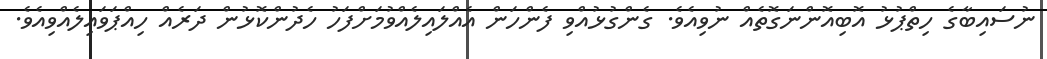
ނުސައިބާގެ ހިތްޕުޅު އޮބިއޮންނަގޮތެއް ނުވިއެވެ. ގެންގުޅުއްވި ފެންހަން އެއްލައިލެއްވުމަށްފަހު ހެދުންކޮޅުން ދަރެއް ހިއްޕަވައިލެއްވިއެވެ.